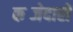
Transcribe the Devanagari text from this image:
कब्जेदारों